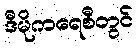
ဒီမိုကရေစီတွင်